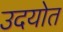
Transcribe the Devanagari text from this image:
उदयोत